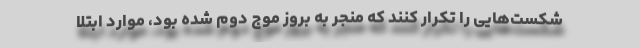
شکست‌هایی را تکرار کنند که منجر به بروز موج دوم شده بود، موارد ابتلا